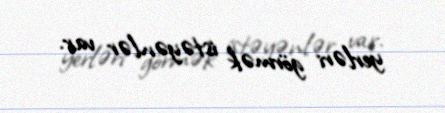
yerləri görmək istəyənlər var.